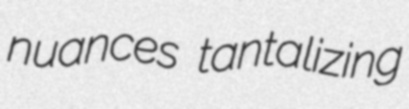
nuances tantalizing